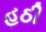
હઠી